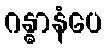
ဂန္ဓာနံပေ